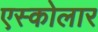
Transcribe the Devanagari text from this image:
एस्कोलार